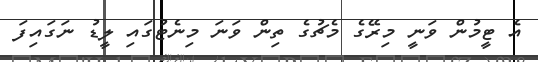
އެ ޓީމުން ވަނީ މިރޭގެ މެޗުގެ ތިން ވަނަ މިނެޓުގައި ލީޑު ނަގައިފަ